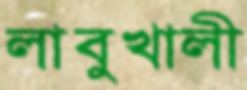
লাবুখালী